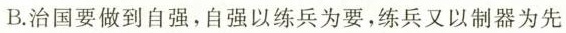
B.治国要做到自强，自强以练兵为要，练兵又以制器为先